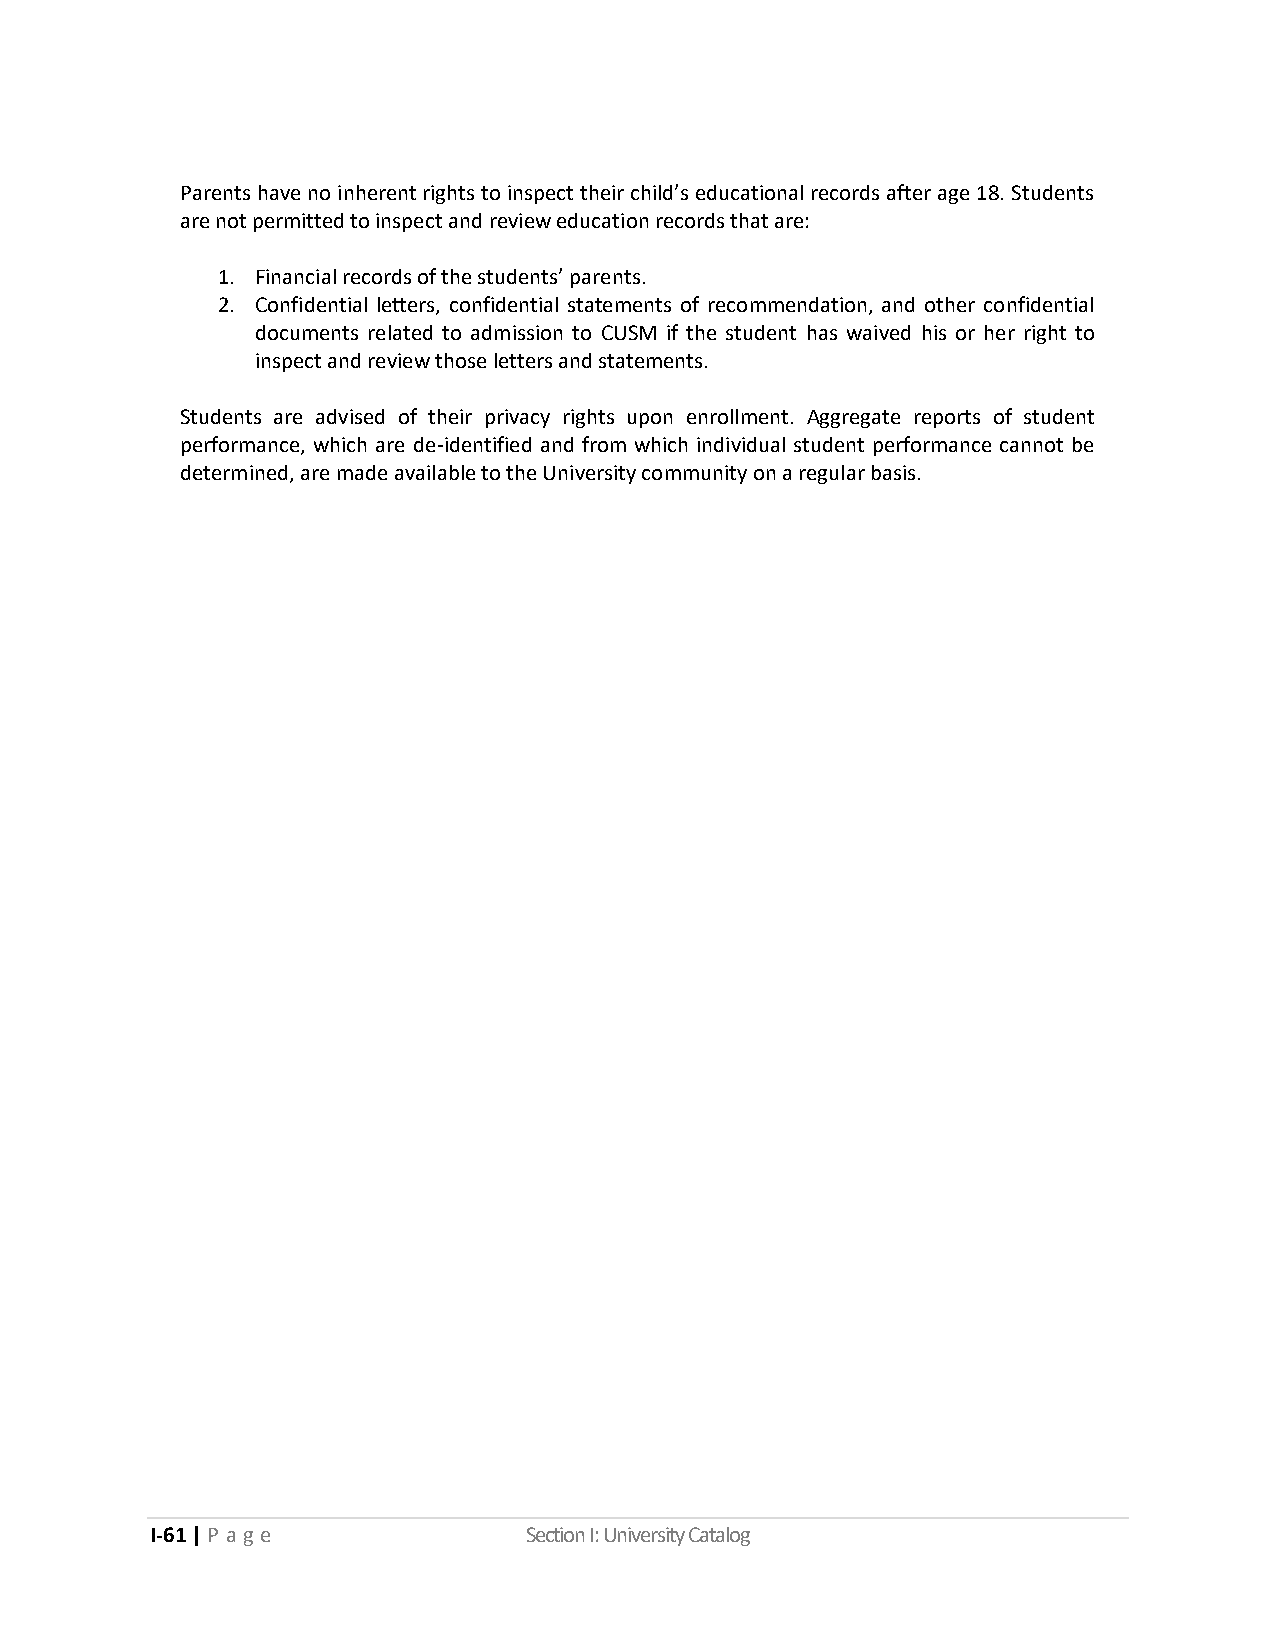
Parents have no inherent rights to inspect their child’s educational records after age 18. Students
 are not permitted to inspect and review education records that are:
 1. Financial records of the students’ parents.
 2. Confidential letters, confidential statements of recommendation, and other confidential
 documents related to admission to CUSM if the student has waived his or her right to
 inspect and review those letters and statements.
 Students are advised of their privacy rights upon enrollment. Aggregate reports of student
 performance, which are de-identified and from which individual student performance cannot be
 determined, are made available to the University community on a regular basis.
 I-61 | P a ge            Section I: University Catalog